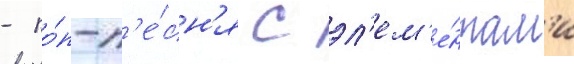
- по́п-п'е́сн'я с эл'ем'е́нтам'и